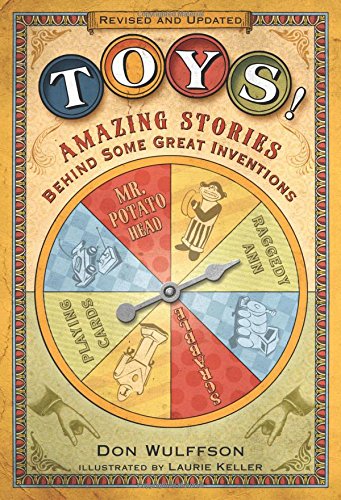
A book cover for Toys!: Amazing Stories Behind Some Great Inventions; Don Wulffson; Children's Books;